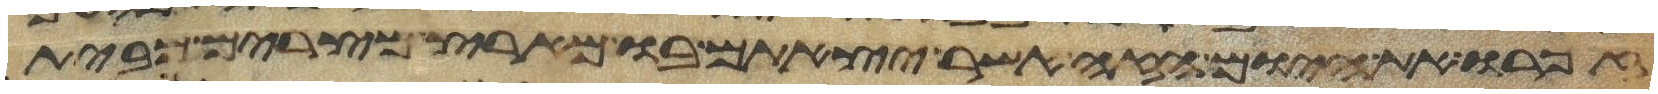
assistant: זכרו את היום הזה אשר יצאתם בו מארץ מצרים מבית